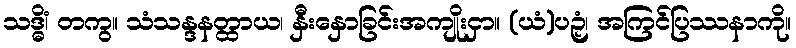
သဒ္ဓိံ၊ တကွ။ သံသန္ဒနတ္ထာယ၊ နှီးနှောခြင်းအကျိုးငှာ။ (ယံ)ပဉှံ၊ အကြင်ပြဿနာကို။